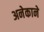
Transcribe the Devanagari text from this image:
अनेकाने